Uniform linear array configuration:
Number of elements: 12
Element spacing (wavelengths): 0.5
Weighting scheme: exponential
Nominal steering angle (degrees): -30
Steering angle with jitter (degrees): -29.484
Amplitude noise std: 0.05
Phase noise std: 0.05

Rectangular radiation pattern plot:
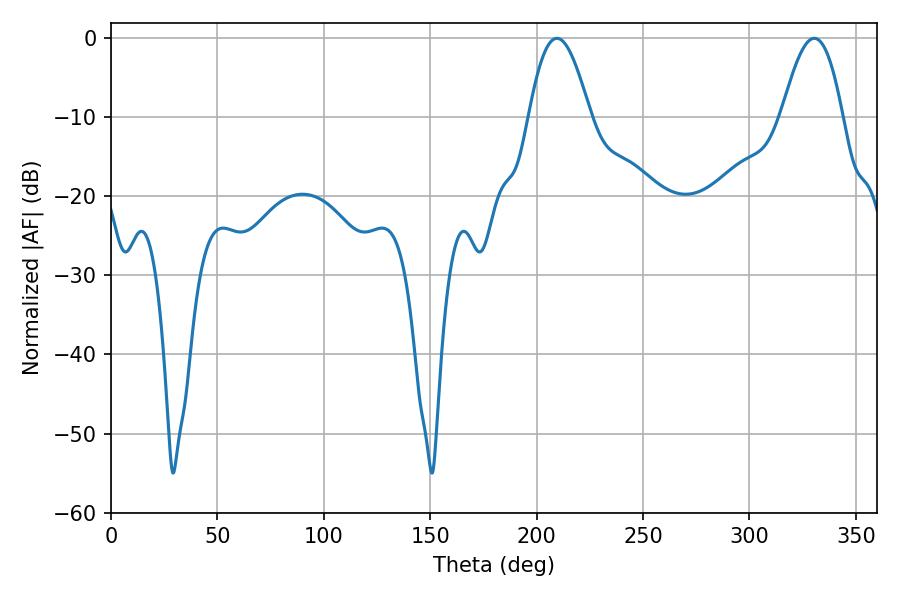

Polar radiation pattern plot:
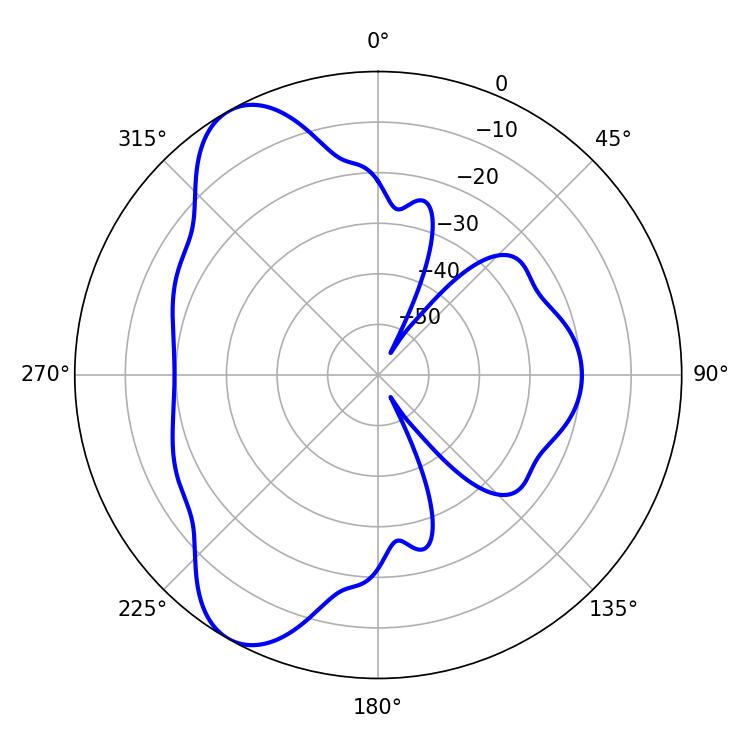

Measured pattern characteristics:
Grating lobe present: FALSE
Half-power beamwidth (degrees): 15.48
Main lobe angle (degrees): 209.52